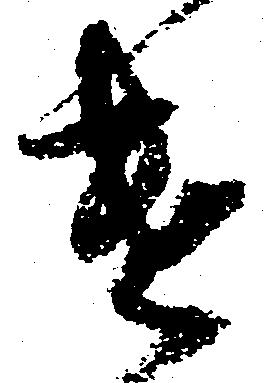
遣